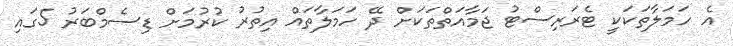
އެ ހަމަލާތަކަކީ ޓެރަރިސްޓު ޖަމާއަތްތަކަށް ދޭ ހަމަލާތައް އިތުރު ކުރުމަށް ޑިސެމްބަރު 5ގައި